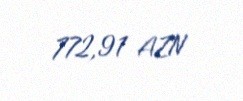
772,91 AZN